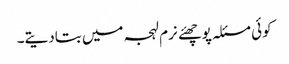
کوئی مسئلہ پوچھئے نرم لہجہ میں بتادیتے۔